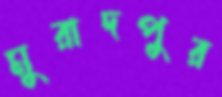
মুরাদপুর